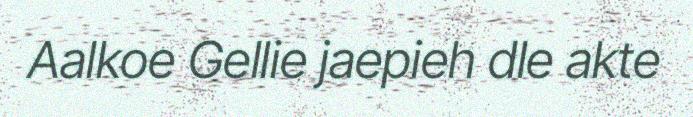
Aalkoe Gellie jaepieh dle akte